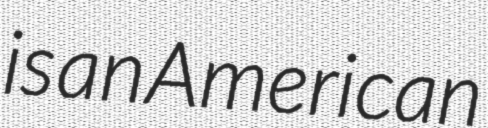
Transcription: is an American